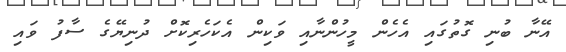
އޭނާ ބުނި ގޮތުގައި އެހެން މީހުންނާއި ވަކިން އެކަހެރިކޮށް ދުނިޔޭގެ ސާފު ވައި